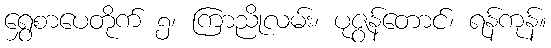
ရွှေစာပေတိုက် ၅၊ ကြာညိုလမ်း၊ ပုဇွန်တောင်၊ ရန်ကုန်။